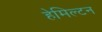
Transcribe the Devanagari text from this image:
हेमिल्‍टन